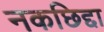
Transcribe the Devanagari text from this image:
नकछिद्दा